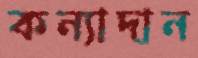
কন্যাদান